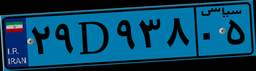
۳۷D۳۳۰۲۴